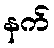
နက်